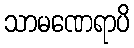
သာမဏေရာပိ